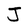
Character: J